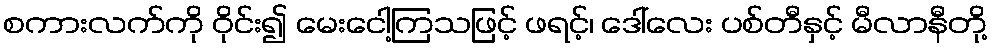
စကားလက်ကို ဝိုင်း၍ မေးငေါ့ကြသဖြင့် ဖရင့်၊ ဒေါ်လေး ပစ်တီနှင့် မီလာနီတို့